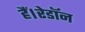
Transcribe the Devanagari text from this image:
हैं।रेडॉन